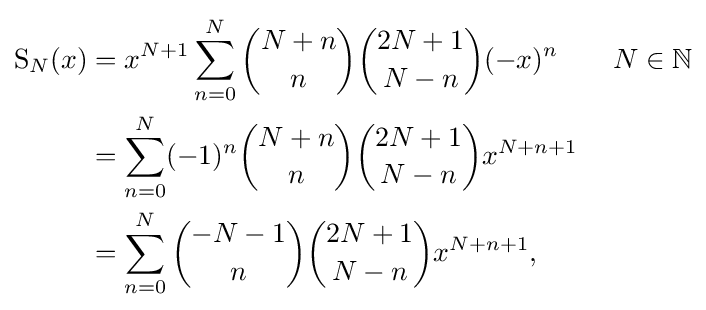
{\begin{aligned}\operatorname {S} _{N}(x)&=x^{N+1}\sum _{n=0}^{N}{\binom {N+n}{n}}{\binom {2N+1}{N-n}}(-x)^{n}\qquad N\in \mathbb {N} \\&=\sum _{n=0}^{N}(-1)^{n}{\binom {N+n}{n}}{\binom {2N+1}{N-n}}x^{N+n+1}\\&=\sum _{n=0}^{N}{\binom {-N-1}{n}}{\binom {2N+1}{N-n}}x^{N+n+1},\\\end{aligned}}